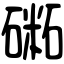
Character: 𥕝